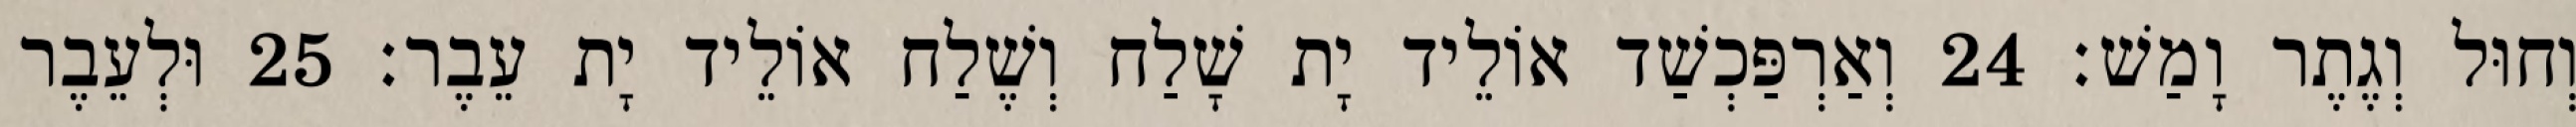
וְחוּל וְגֶתֶר וָמַשׁ׃ 24 וְאַרְפַּכְשַׁד אוֹלֵיד יָת שָׁלַח וְשֶׁלַח אוֹלֵיד יָת עֵבֶר׃ 25 וּלְעֵבֶר